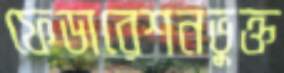
ফেডারেশনভুক্ত